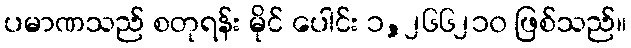
ပမာဏသည် စတုရန်း မိုင် ပေါင်း ၁,၂၆၆၂၁၀ ဖြစ်သည်။